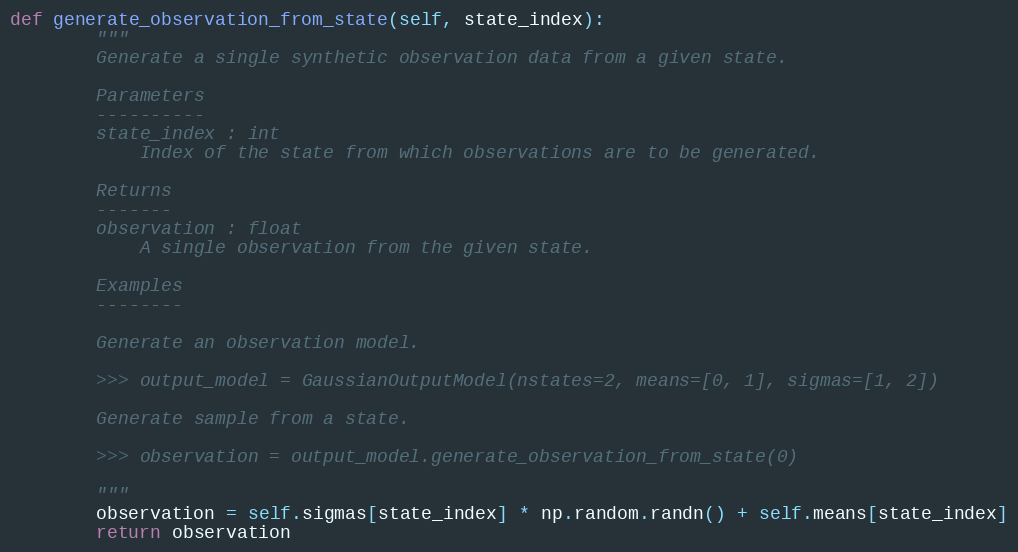
Language: Python
def generate_observation_from_state(self, state_index):
        """
        Generate a single synthetic observation data from a given state.

        Parameters
        ----------
        state_index : int
            Index of the state from which observations are to be generated.

        Returns
        -------
        observation : float
            A single observation from the given state.

        Examples
        --------

        Generate an observation model.

        >>> output_model = GaussianOutputModel(nstates=2, means=[0, 1], sigmas=[1, 2])

        Generate sample from a state.

        >>> observation = output_model.generate_observation_from_state(0)

        """
        observation = self.sigmas[state_index] * np.random.randn() + self.means[state_index]
        return observation